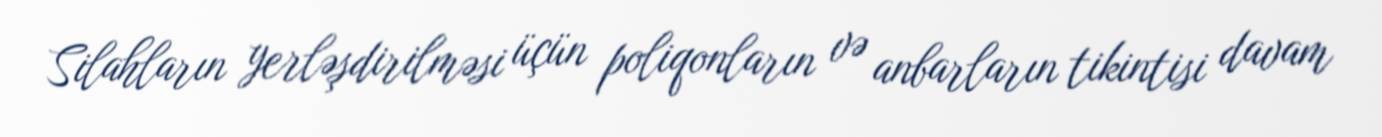
Silahların yerləşdirilməsi üçün poliqonların və anbarların tikintisi davam